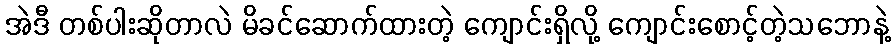
အဲဒီ တစ်ပါးဆိုတာလဲ မိခင်ဆောက်ထားတဲ့ ကျောင်းရှိလို့ ကျောင်းစောင့်တဲ့သဘောနဲ့